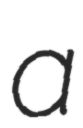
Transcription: a